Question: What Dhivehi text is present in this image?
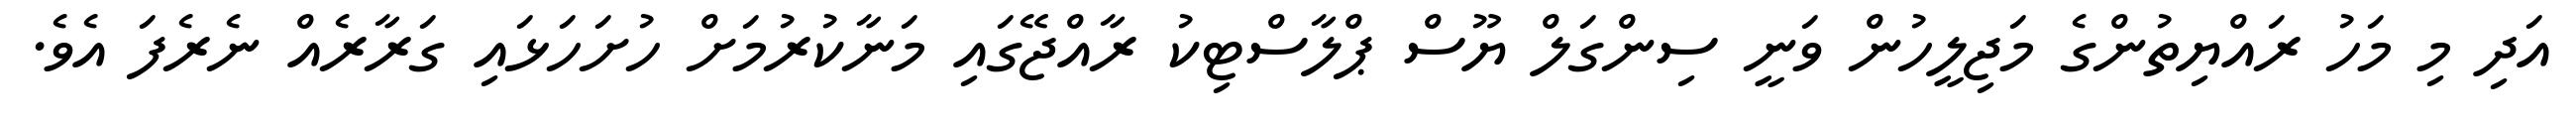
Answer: އަދި މި މަހު ރައްޔިތުންގެ މަޖިލީހުން ވަނީ ސިންގަލް ޔޫސް ޕްލާސްޓިކު ރާއްޖޭގައި މަނާކުރުމަށް ހުށަހަޅައި ގަރާރެއް ނެރެފަ އެވެ.